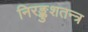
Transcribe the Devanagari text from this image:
निरङ्कुशतन्त्र